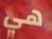
هي